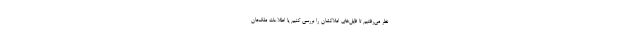
نظر می‌رفتیم تا فایل‌های املاکشان را بررسی کنیم یا اطلاعات ملک‌مان